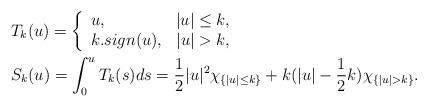
LaTeX: \begin{align*}& T_k(u)=\left\{\begin{array}[c]{lr}u, &|u|\leq k,\\k. sign(u),& |u|> k, \end{array} \right. \\& S_k(u)=\int^{u}_0 T_k(s) ds = \frac{1}{2}|u|^2\chi_{\{|u|\leq k\}}+ k(|u|-\frac{1}{2}k) \chi_{\{|u|> k\}}.\end{align*}